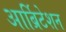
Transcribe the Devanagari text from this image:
आर्ब्रिटेशन